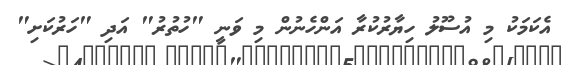
އެކަމަކު މި އުސޫލު ހިޔާރުކުރާ އަންހެނުން މި ވަނީ "ހުތުރު" އަދި "ހަރުކަށި"